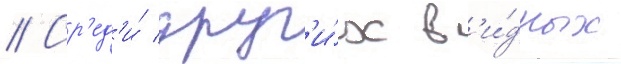
// Ср'ед'и́ друг'и́х в'и́дных